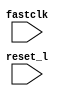
module t_clk_twob (
   fastclk, reset_l
   );
   input fastclk;
   input reset_l;
   always @ (posedge fastclk) begin
      if (reset_l) ;
   end
endmodule